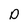
Character: D